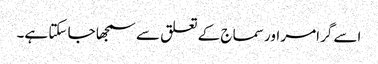
اسے گرامر اور سماج کے تعلق سے سمجھا جا سکتا ہے۔